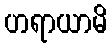
ဟရာယာမိ